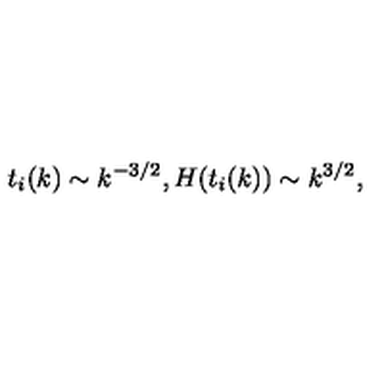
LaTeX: t _ { i } ( k ) \sim k ^ { - 3 / 2 } , H ( t _ { i } ( k ) ) \sim k ^ { 3 / 2 } ,